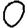
Digit: 0